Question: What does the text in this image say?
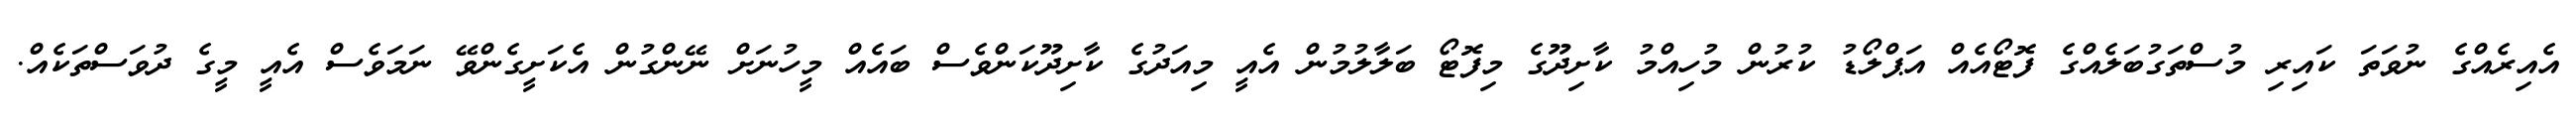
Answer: އެއިރެއްގެ ނުވަތަ ކައިރި މުސްތަގުބަލެއްގެ ފޮޓޯއެއް އަޕްލޯޑު ކުރުން މުހިއްމު ކާށިދޫގެ މިފޮޓޯ ބަލާލުމުން އެއީ މިއަދުގެ ކާށިދޫކަންވެސް ބައެއް މީހުނަށް ނޭންގުން އެކަށީގެންވޭ ނަމަވެސް އެއީ މީގެ ދުވަސްތަކެއް.